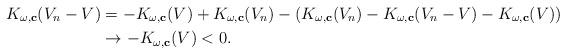
LaTeX: \begin{align*}K_{\omega,\mathbf{c}}(V_n-V)&=-K_{\omega,\mathbf{c}}(V)+K_{\omega,\mathbf{c}}(V_n)-(K_{\omega,\mathbf{c}}(V_n)-K_{\omega,\mathbf{c}}(V_n-V)-K_{\omega,\mathbf{c}}(V))\\&\rightarrow -K_{\omega,\mathbf{c}}(V)<0.\end{align*}